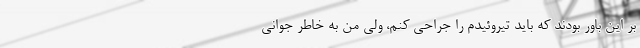
بر این باور بودند که باید تیروئیدم را جراحی کنم، ولی من به خاطر جوانی